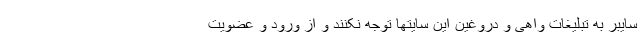
سایبر به تبلیغات واهی و دروغین این سایتها توجه نکنند و از ورود و عضویت